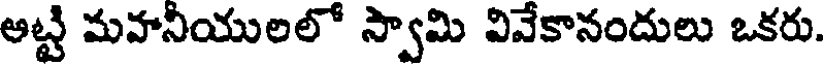
అట్టి మహనీయులలో స్వామి వివేకానందులు ఒకరు.